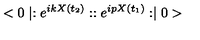
< 0 \mid : e ^ { i k X ( t _ { 2 } ) } : : e ^ { i p X ( t _ { 1 } ) } : \mid 0 >